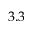
3 . 3